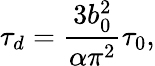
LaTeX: \tau_{d}=\frac{3b_{0}^{2}}{\alpha\pi^{2}}\tau_{0},